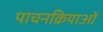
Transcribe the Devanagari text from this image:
पाचनक्रियाओं